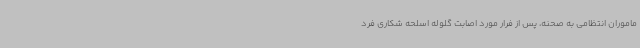
ماموران انتظامی به صحنه، پس از فرار مورد اصابت گلوله اسلحه شکاری فرد